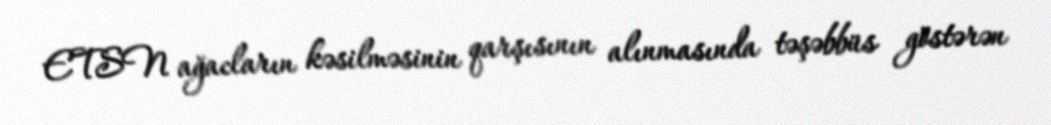
ETSN ağacların kəsilməsinin qarşısının alınmasında təşəbbüs göstərən